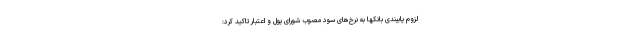
لزوم پایبندی بانکها به نرخ‌های سود مصوب شورای پول و اعتبار تاکید کرد: